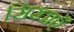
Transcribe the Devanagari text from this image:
सिखाएँ